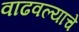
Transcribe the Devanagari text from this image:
वाढवल्याचे